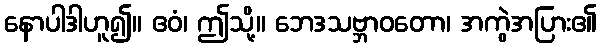
နောပါဒါဟူ၍။ ဧဝံ၊ ဤသို့။ ဘေဒသဗ္ဘာဝတော၊ အကွဲအပြား၏